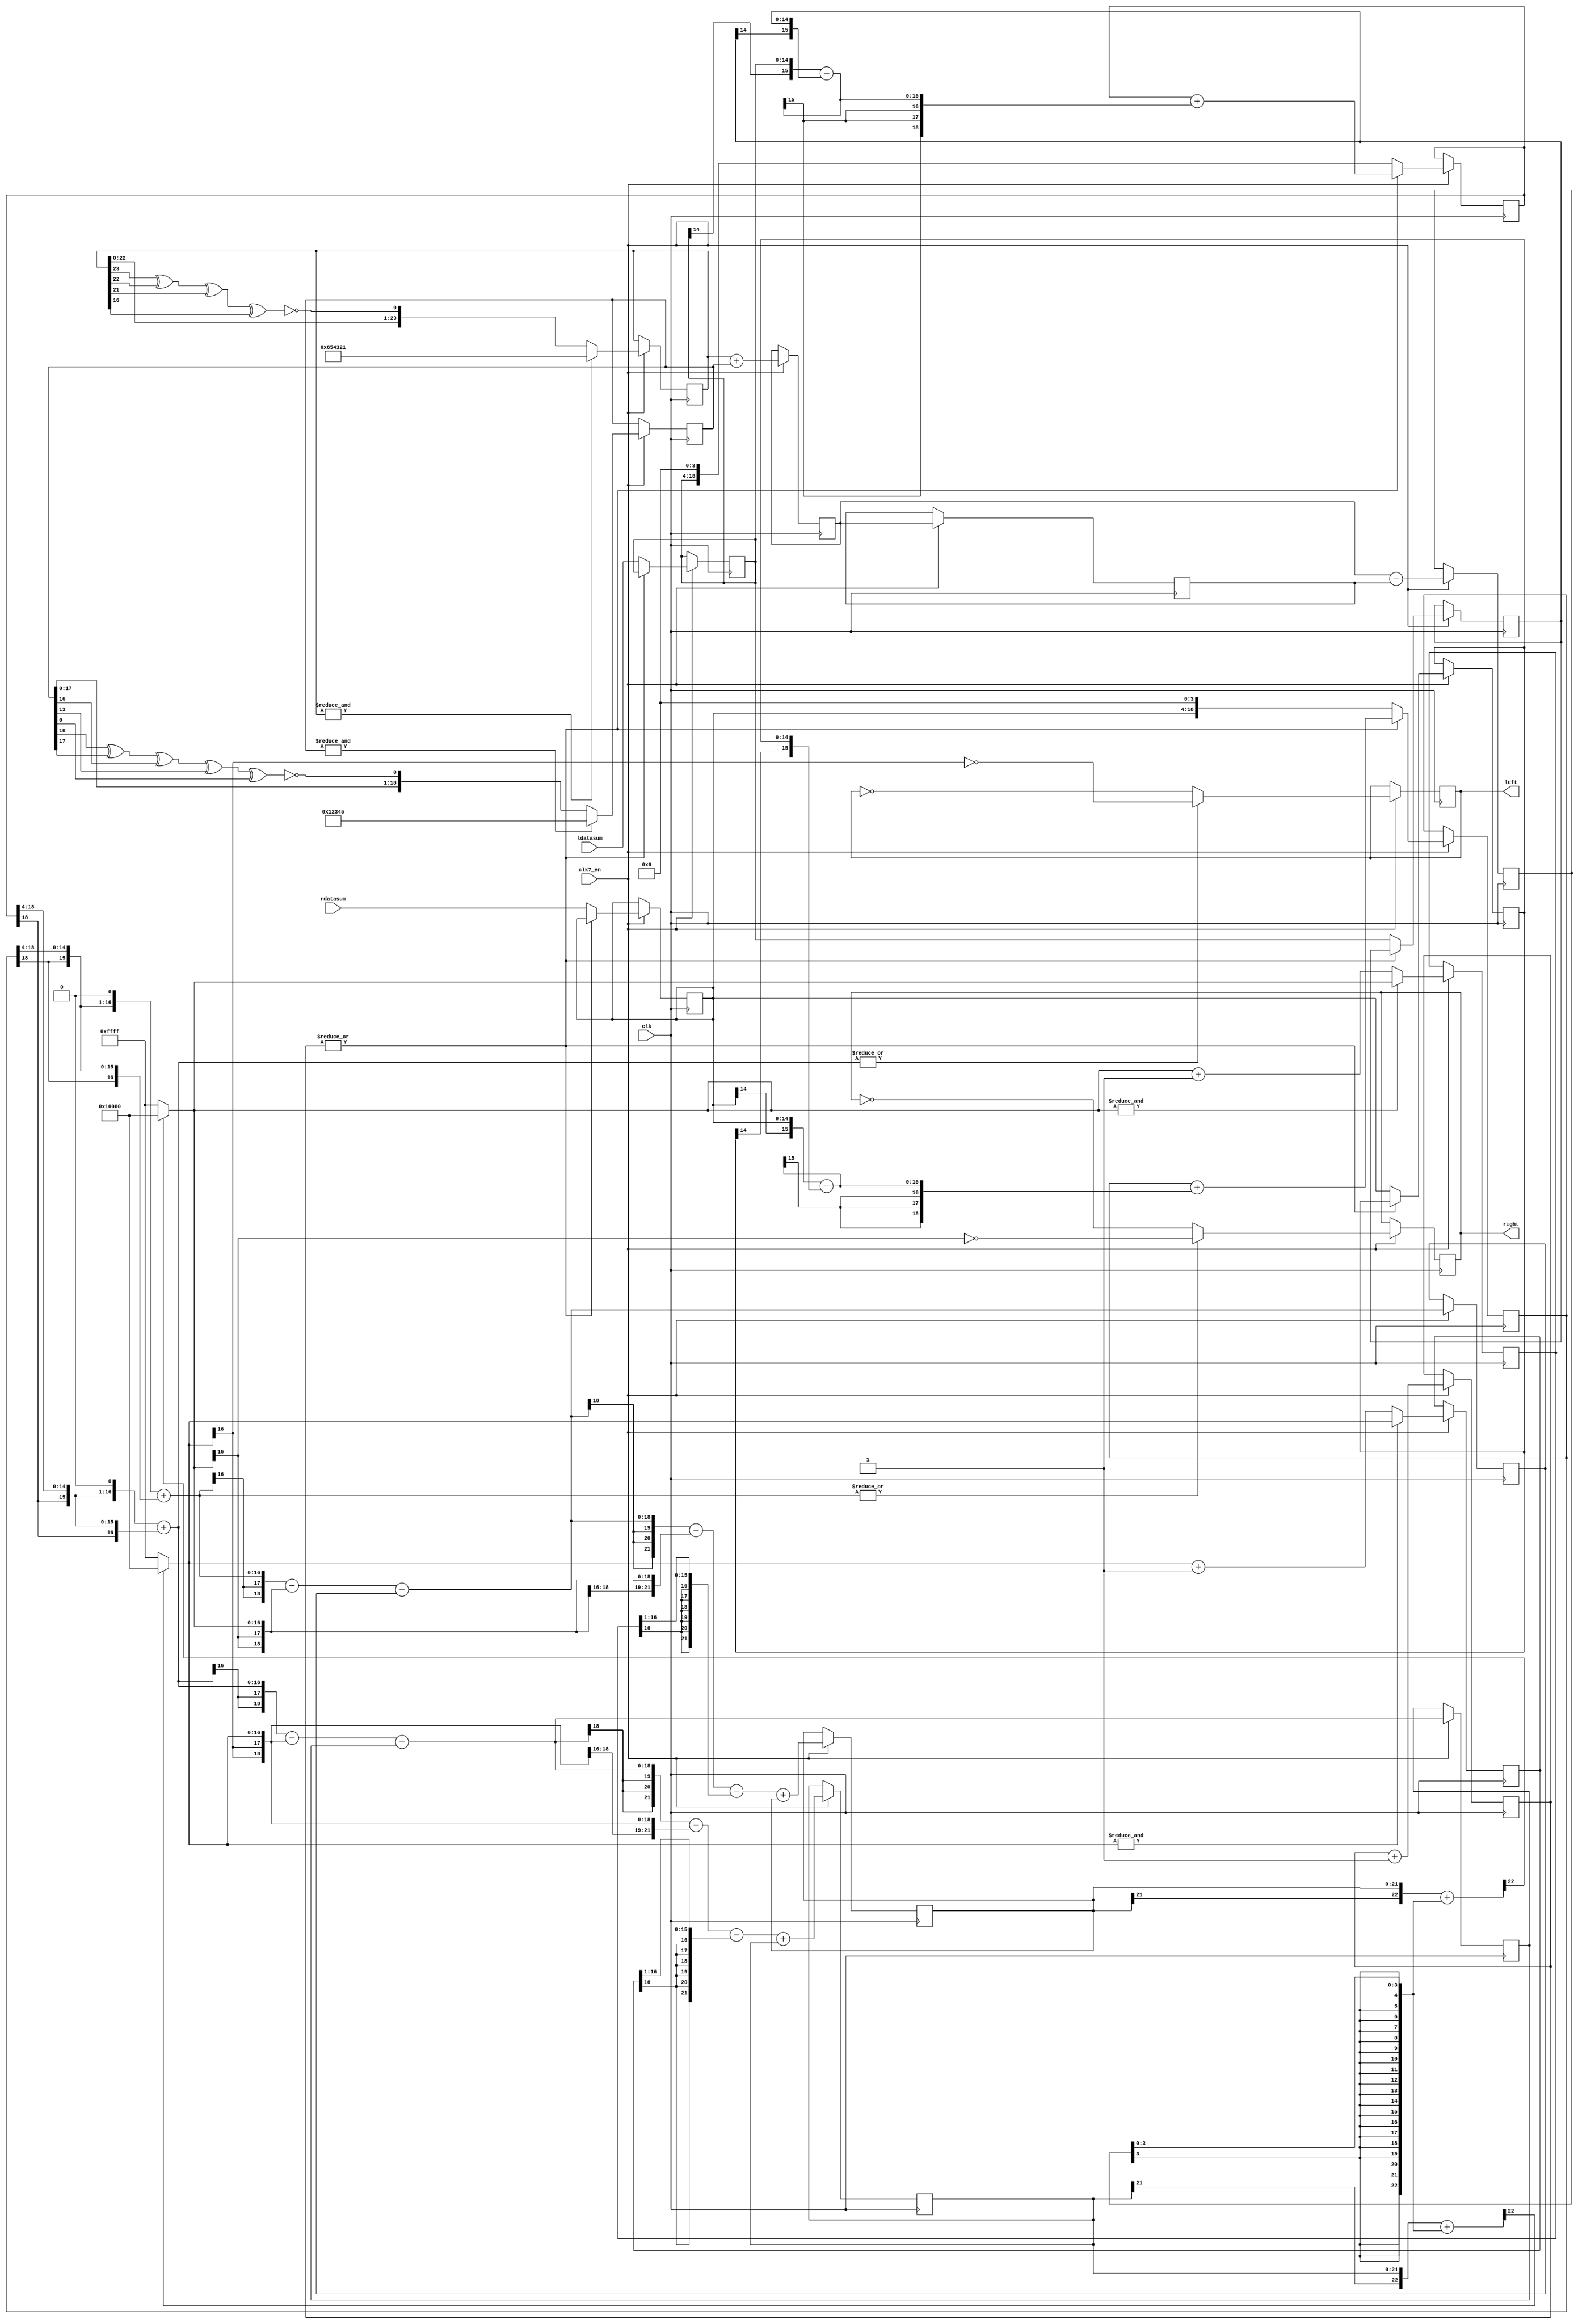
// audio data processing
// stereo sigma/delta bitstream modulator

module paula_audio_sigmadelta
(
  input   clk,        //bus clock
  input   clk7_en,
  input  [14:0] ldatasum,      // left channel data
  input  [14:0] rdatasum,      // right channel data
  output  reg left=0,        //left bitstream output
  output  reg right=0        //right bitsteam output
);


// local signals
localparam DW = 15;
localparam CW = 2;
localparam RW  = 4;
localparam A1W = 2;
localparam A2W = 5;

wire [DW+2+0  -1:0] sd_l_er0, sd_r_er0;
reg  [DW+2+0  -1:0] sd_l_er0_prev=0, sd_r_er0_prev=0;
wire [DW+A1W+2-1:0] sd_l_aca1,  sd_r_aca1;
wire [DW+A2W+2-1:0] sd_l_aca2,  sd_r_aca2;
reg  [DW+A1W+2-1:0] sd_l_ac1=0, sd_r_ac1=0;
reg  [DW+A2W+2-1:0] sd_l_ac2=0, sd_r_ac2=0;
wire [DW+A2W+3-1:0] sd_l_quant, sd_r_quant;

// LPF noise LFSR
reg [24-1:0] seed1 = 24'h654321;
reg [19-1:0] seed2 = 19'h12345;
reg [24-1:0] seed_sum=0, seed_prev=0, seed_out=0;
always @ (posedge clk) begin
  if (clk7_en) begin
    if (&seed1)
      seed1 <= #1 24'h654321;
    else
      seed1 <= #1 {seed1[22:0], ~(seed1[23] ^ seed1[22] ^ seed1[21] ^ seed1[16])};
  end
end
always @ (posedge clk) begin
  if (clk7_en) begin
    if (&seed2)
      seed2 <= #1 19'h12345;
    else
      seed2 <= #1 {seed2[17:0], ~(seed2[18] ^ seed2[17] ^ seed2[16] ^ seed2[13] ^ seed2[0])};
  end
end
always @ (posedge clk) begin
  if (clk7_en) begin
    seed_sum  <= #1 seed1 + {5'b0, seed2};
    seed_prev <= #1 seed_sum;
    seed_out  <= #1 seed_sum - seed_prev;
  end
end

// linear interpolate
localparam ID=4; // counter size, also 2^ID = interpolation rate
reg  [ID+0-1:0] int_cnt = 0;
always @ (posedge clk) begin
  if (clk7_en) begin
    int_cnt <= #1 int_cnt + 'd1;
  end
end

reg  [DW+0-1:0] ldata_cur=0, ldata_prev=0;
reg  [DW+0-1:0] rdata_cur=0, rdata_prev=0;
wire [DW+1-1:0] ldata_step, rdata_step;
reg  [DW+ID-1:0] ldata_int=0, rdata_int=0;
wire [DW+0-1:0] ldata_int_out, rdata_int_out;
assign ldata_step = {ldata_cur[DW-1], ldata_cur} - {ldata_prev[DW-1], ldata_prev}; // signed subtract
assign rdata_step = {rdata_cur[DW-1], rdata_cur} - {rdata_prev[DW-1], rdata_prev}; // signed subtract
always @ (posedge clk) begin
  if (clk7_en) begin
    if (~|int_cnt) begin
      ldata_prev <= #1 ldata_cur;
      ldata_cur  <= #1 ldatasum; //{~ldatasum[DW-1], ldatasum[DW-2:0]}; // convert to offset binary, samples no longer signed!
      rdata_prev <= #1 rdata_cur;
      rdata_cur  <= #1 rdatasum; //{~rdatasum[DW-1], rdatasum[DW-2:0]}; // convert to offset binary, samples no longer signed!
      ldata_int  <= #1 {ldata_cur[DW-1], ldata_cur, {ID{1'b0}}};
      rdata_int  <= #1 {rdata_cur[DW-1], rdata_cur, {ID{1'b0}}};
    end else begin
      ldata_int  <= #1 ldata_int + {{ID{ldata_step[DW+1-1]}}, ldata_step};
      rdata_int  <= #1 rdata_int + {{ID{rdata_step[DW+1-1]}}, rdata_step};
    end
  end
end
assign ldata_int_out = ldata_int[DW+ID-1:ID];
assign rdata_int_out = rdata_int[DW+ID-1:ID];

// input gain x3
wire [DW+2-1:0] ldata_gain, rdata_gain;
assign ldata_gain = {ldata_int_out[DW-1], ldata_int_out, 1'b0} + {{(2){ldata_int_out[DW-1]}}, ldata_int_out};
assign rdata_gain = {rdata_int_out[DW-1], rdata_int_out, 1'b0} + {{(2){rdata_int_out[DW-1]}}, rdata_int_out};

/*
// random dither to 15 bits
reg [DW-1:0] ldata=0, rdata=0;
always @ (posedge clk) begin
  if (clk7_en) begin
    ldata <= #1 ldata_gain[DW+2-1:2] + ( (~(&ldata_gain[DW+2-1-1:2]) && (ldata_gain[1:0] > seed_out[1:0])) ? 15'd1 : 15'd0 );
    rdata <= #1 rdata_gain[DW+2-1:2] + ( (~(&ldata_gain[DW+2-1-1:2]) && (ldata_gain[1:0] > seed_out[1:0])) ? 15'd1 : 15'd0 );
  end
end
*/

// accumulator adders
assign sd_l_aca1 = {{(A1W){ldata_gain[DW+2-1]}}, ldata_gain} - {{(A1W){sd_l_er0[DW+2-1]}}, sd_l_er0} + sd_l_ac1;
assign sd_r_aca1 = {{(A1W){rdata_gain[DW+2-1]}}, rdata_gain} - {{(A1W){sd_r_er0[DW+2-1]}}, sd_r_er0} + sd_r_ac1;

assign sd_l_aca2 = {{(A2W-A1W){sd_l_aca1[DW+A1W+2-1]}}, sd_l_aca1} - {{(A2W){sd_l_er0[DW+2-1]}}, sd_l_er0} - {{(A2W+1){sd_l_er0_prev[DW+2-1]}}, sd_l_er0_prev[DW+2-1:1]} + sd_l_ac2;
assign sd_r_aca2 = {{(A2W-A1W){sd_r_aca1[DW+A1W+2-1]}}, sd_r_aca1} - {{(A2W){sd_r_er0[DW+2-1]}}, sd_r_er0} - {{(A2W+1){sd_r_er0_prev[DW+2-1]}}, sd_r_er0_prev[DW+2-1:1]} + sd_r_ac2;

// accumulators
always @ (posedge clk) begin
  if (clk7_en) begin
    sd_l_ac1 <= #1 sd_l_aca1;
    sd_r_ac1 <= #1 sd_r_aca1;
    sd_l_ac2 <= #1 sd_l_aca2;
    sd_r_ac2 <= #1 sd_r_aca2;
  end
end

// value for quantizaton
assign sd_l_quant = {sd_l_ac2[DW+A2W+2-1], sd_l_ac2} + {{(DW+A2W+3-RW){seed_out[RW-1]}}, seed_out[RW-1:0]};
assign sd_r_quant = {sd_r_ac2[DW+A2W+2-1], sd_r_ac2} + {{(DW+A2W+3-RW){seed_out[RW-1]}}, seed_out[RW-1:0]};

// error feedback
assign sd_l_er0 = sd_l_quant[DW+A2W+3-1] ? {1'b1, {(DW+2-1){1'b0}}} : {1'b0, {(DW+2-1){1'b1}}};
assign sd_r_er0 = sd_r_quant[DW+A2W+3-1] ? {1'b1, {(DW+2-1){1'b0}}} : {1'b0, {(DW+2-1){1'b1}}};
always @ (posedge clk) begin
  if (clk7_en) begin
    sd_l_er0_prev <= #1 (&sd_l_er0) ? sd_l_er0 : sd_l_er0+1;
    sd_r_er0_prev <= #1 (&sd_r_er0) ? sd_r_er0 : sd_r_er0+1;
  end
end

// output
always @ (posedge clk) begin
  if (clk7_en) begin
    left  <= #1 (~|ldata_gain) ? ~left  : ~sd_l_er0[DW+2-1];
    right <= #1 (~|rdata_gain) ? ~right : ~sd_r_er0[DW+2-1];
  end
end


endmodule